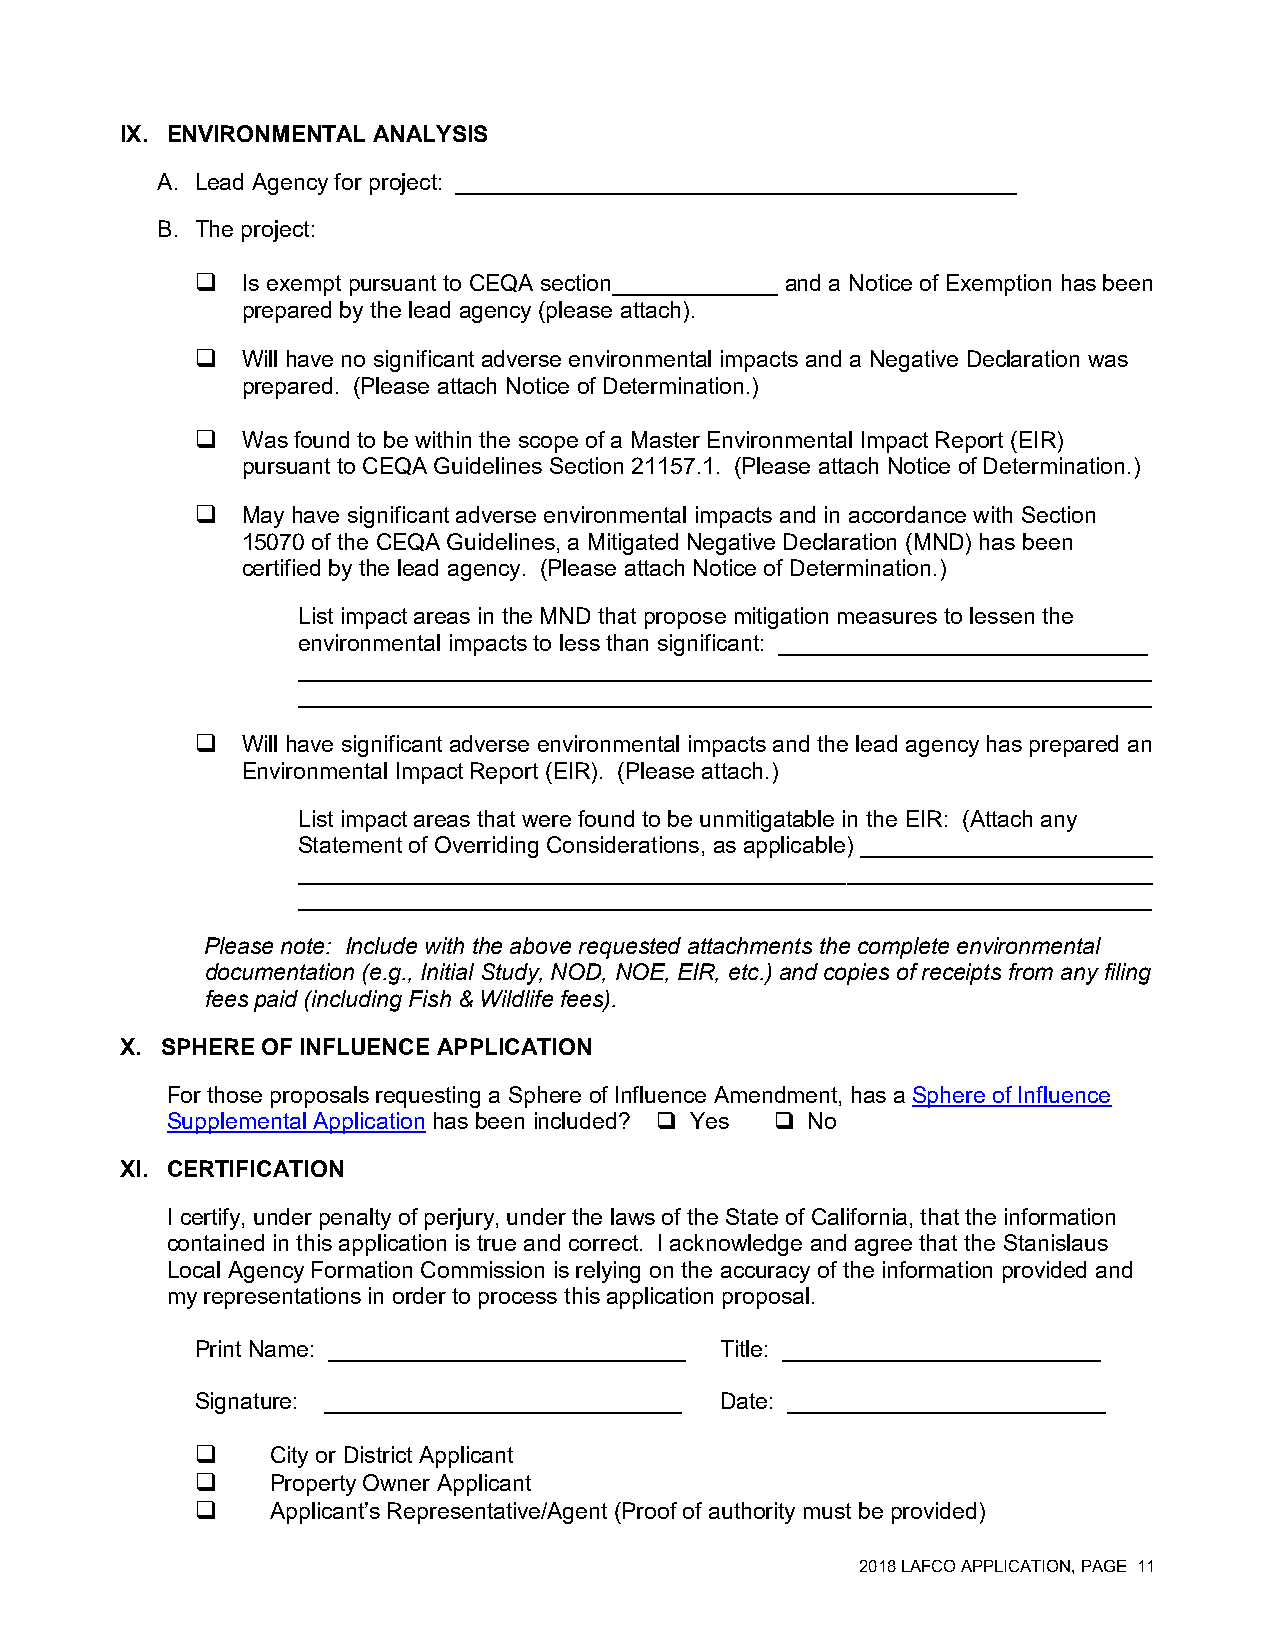
IX. ENVIRONMENTAL ANALYSIS
 A. Lead Agency for project: ____________________________________________
 B. The project:
   Is exempt pursuant to CEQA section_____________ and a Notice of Exemption has been
 prepared by the lead agency (please attach).
   Will have no significant adverse environmental impacts and a Negative Declaration was
 prepared. (Please attach Notice of Determination.)
   Was found to be within the scope of a Master Environmental Impact Report (EIR)
 pursuant to CEQA Guidelines Section 21157.1. (Please attach Notice of Determination.)
   May have significant adverse environmental impacts and in accordance with Section
 15070 of the CEQA Guidelines, a Mitigated Negative Declaration (MND) has been
 certified by the lead agency. (Please attach Notice of Determination.)
 List impact areas in the MND that propose mitigation measures to lessen the
 environmental impacts to less than significant: _____________________________
 ___________________________________________________________________
 ___________________________________________________________________
   Will have significant adverse environmental impacts and the lead agency has prepared an
 Environmental Impact Report (EIR). (Please attach.)
 List impact areas that were found to be unmitigatable in the EIR: (Attach any
 Statement of Overriding Considerations, as applicable) _______________________
 ___________________________________________________________________
 ___________________________________________________________________
 Please note: Include with the above requested attachments the complete environmental
 documentation (e.g., Initial Study, NOD, NOE, EIR, etc.) and copies of receipts from any filing
 fees paid (including Fish & Wildlife fees).
 X. SPHERE OF INFLUENCE APPLICATION
 For those proposals requesting a Sphere of Influence Amendment, has a Sphere of Influence
 Supplemental Application has been included?  Yes  No
 XI. CERTIFICATION
 I certify, under penalty of perjury, under the laws of the State of California, that the information
 contained in this application is true and correct. I acknowledge and agree that the Stanislaus
 Local Agency Formation Commission is relying on the accuracy of the information provided and
 my representations in order to process this application proposal.
 Print Name: ____________________________ Title: _________________________
 Signature: ____________________________ Date: _________________________
     City or District Applicant
     Property Owner Applicant
     Applicant’s Representative/Agent (Proof of authority must be provided)
 2018 LAFCO APPLICATION, PAGE 11